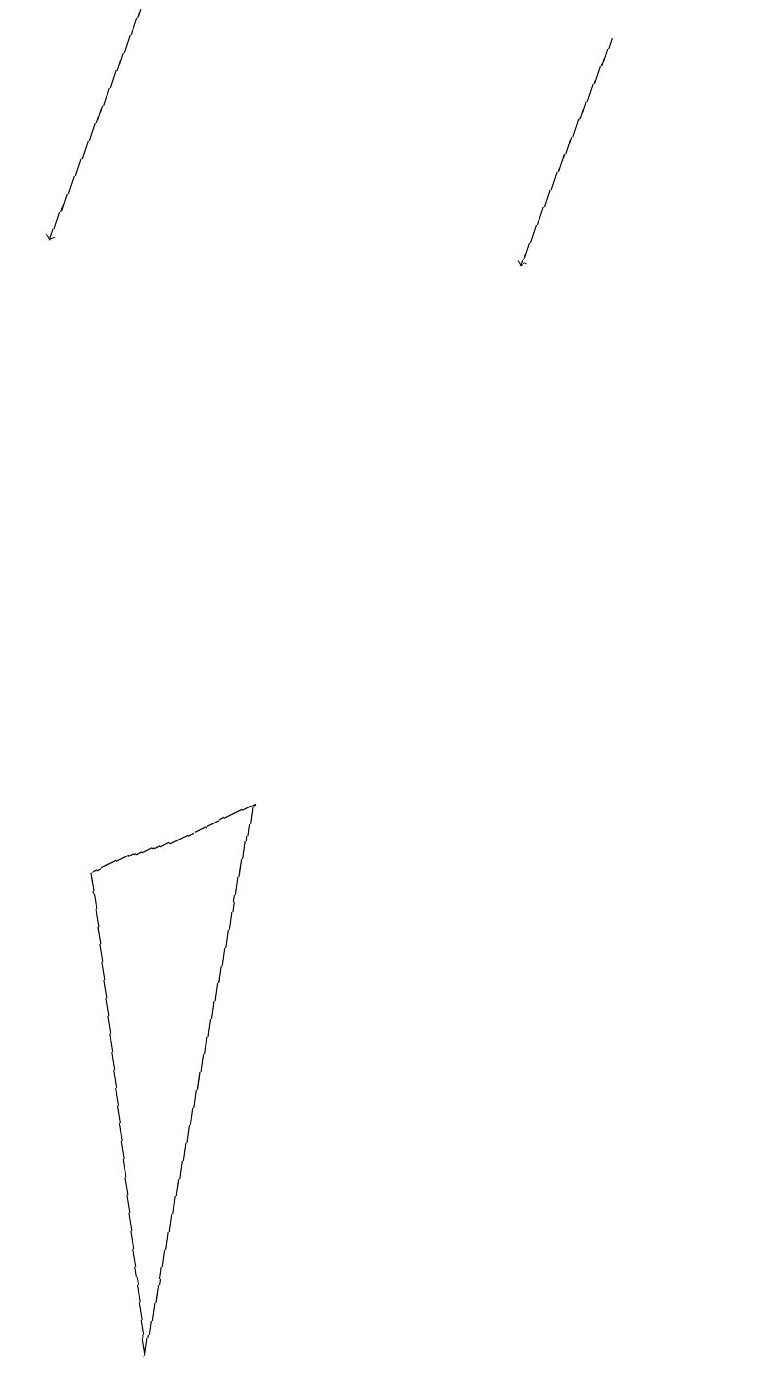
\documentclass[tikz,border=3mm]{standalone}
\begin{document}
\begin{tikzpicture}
\draw[->] (2,18) -- (1,15);
\draw[->] (8,18) -- (7,15);
\draw (10,10) circle (0);
\draw (2,7) -- (3,1) -- (4,8) -- cycle;
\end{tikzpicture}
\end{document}